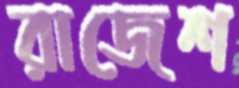
রাজেশ